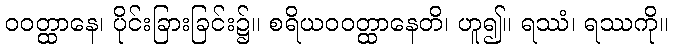
ဝဝတ္ထာနေ၊ ပိုင်းခြားခြင်း၌။ စရိယဝဝတ္ထာနေတိ၊ ဟူ၍။ ရဿံ၊ ရဿကို။